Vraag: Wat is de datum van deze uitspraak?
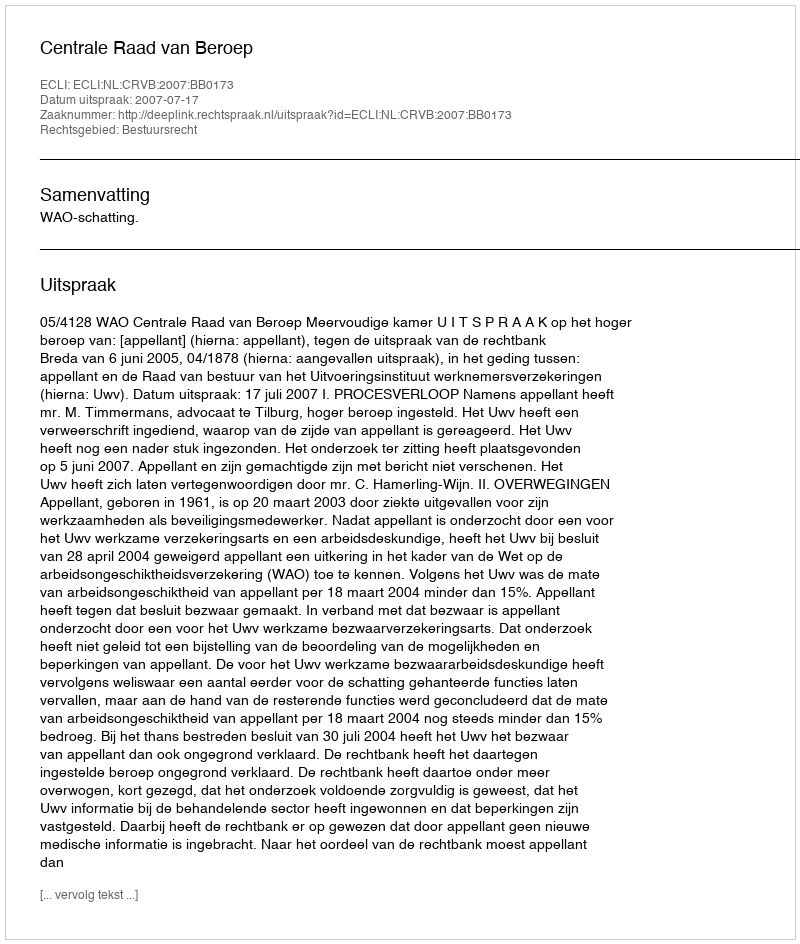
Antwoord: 2007-07-17